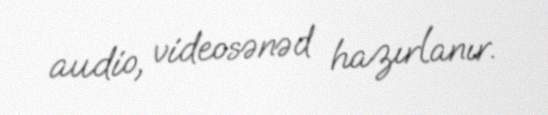
audio, videosənəd hazırlanır.